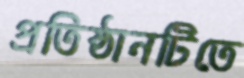
প্রতিষ্ঠানটিতে